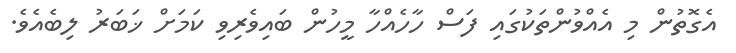
އެގޮތުން މި އެއްވުންތަކުގައި ފަސް ހާހެއްހާ މީހުން ބައިވެރިވި ކަމަށް ޚަބަރު ލިބެއެވެ.